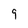
Character: 9